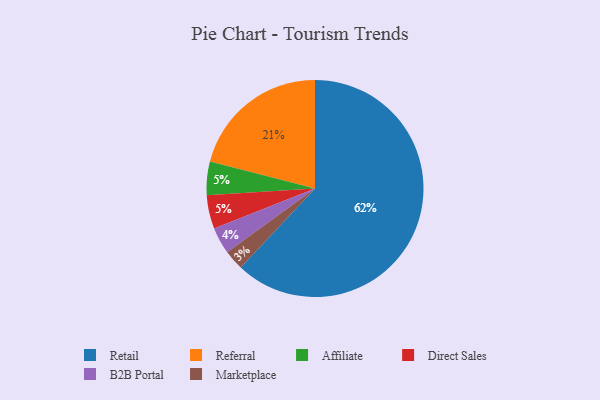
{"axis": {"x": "Category", "y": "Percentage"}, "legend": ["Affiliate", "B2B Portal", "Direct Sales", "Marketplace", "Referral", "Retail"], "data": [{"x": "Retail", "y": 62, "type": "Retail"}, {"x": "Marketplace", "y": 3, "type": "Marketplace"}, {"x": "B2B Portal", "y": 4, "type": "B2B Portal"}, {"x": "Affiliate", "y": 5, "type": "Affiliate"}, {"x": "Referral", "y": 21, "type": "Referral"}, {"x": "Direct Sales", "y": 5, "type": "Direct Sales"}]}